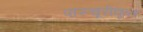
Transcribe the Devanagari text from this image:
पास्चूरीकृत